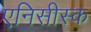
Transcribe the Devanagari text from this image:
एनिसीस्क